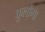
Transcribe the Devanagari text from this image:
कुलोंगा